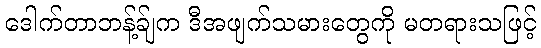
ဒေါက်တာဘန့်ခ်ျက ဒီအဖျက်သမားတွေကို မတရားသဖြင့်